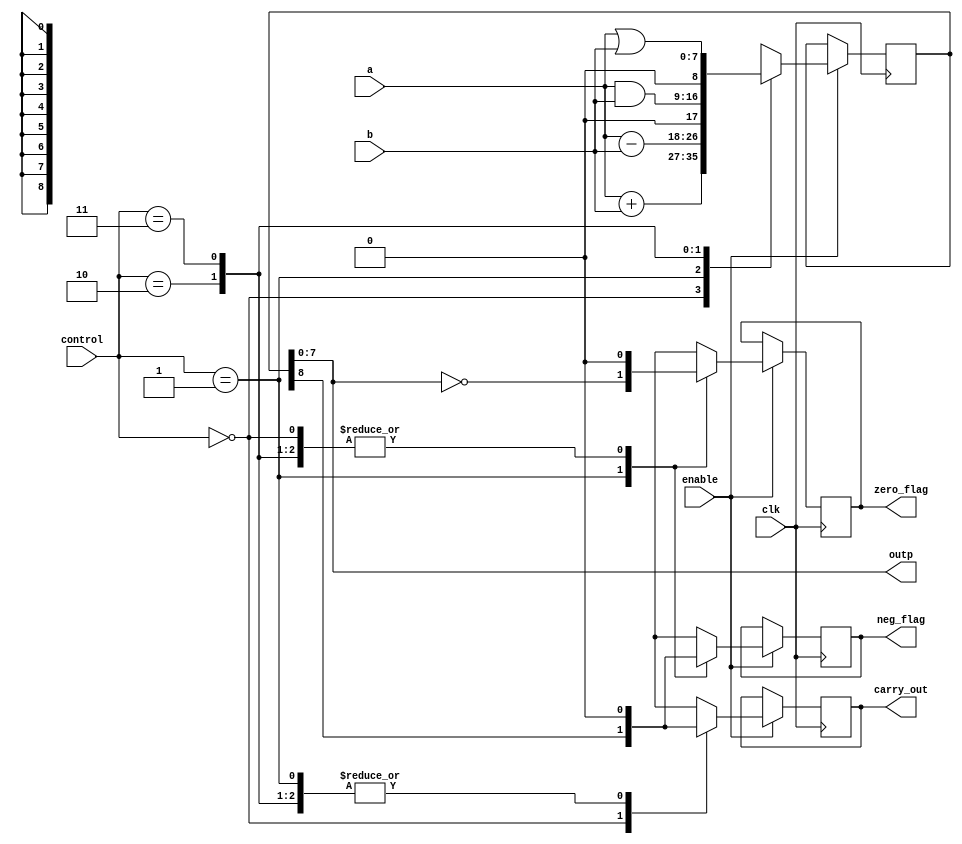
/*
Control 00 = add
Control 01 = subtract (using 2's complement)
Control 10 = AND
Control 11 = OR 
*/
`timescale 1ns/1ns
module alu (clk, a, b,control,outp,enable,carry_out,zero_flag,neg_flag);
input clk;
input [7:0] a; //8 bit input
input [7:0] b;
input [1:0] control; //2 bit op-code
input enable; //enable bit 
output [7:0] outp;
output carry_out;
output zero_flag;
output neg_flag;

reg [8:0] outp_temp;
reg carry_out_temp;
reg zero_flag_temp;
reg neg_flag_temp;

always @ (posedge clk) begin
    if(enable) begin
        case (control) 
            2'b00: begin 
                outp_temp <= {1'b0,a} + {1'b0,b}; //add
                carry_out_temp <= outp_temp[8]; 
                zero_flag_temp <= 0;
                neg_flag_temp <= 0;
            end
            2'b01: begin 
                outp_temp <= {1'b0,a} - {1'b0,b}; // subtract
                zero_flag_temp <= (outp_temp[7:0] == 0);
                carry_out_temp <= 0;
                neg_flag_temp <= outp_temp[8]; 
            end
            2'b10: begin
                outp_temp <= a & b; //AND
                zero_flag_temp <= 0;
                carry_out_temp <= 0;
                neg_flag_temp <= 0;
            end
            2'b11: begin
                outp_temp <= a | b; //OR
                zero_flag_temp <= 0;
                carry_out_temp <= 0;
                neg_flag_temp <= 0;
            end
            default: begin
                zero_flag_temp <= 1'bx;
                carry_out_temp <= 1'bx;
                neg_flag_temp <= 1'bx;
                outp_temp <= 9'bx;
            end
        endcase
    end
end

assign outp = outp_temp[7:0];
assign carry_out = carry_out_temp;
assign zero_flag = zero_flag_temp;
assign neg_flag = neg_flag_temp;

endmodule


/*
module alu_test();
reg clk;
reg [7:0] a;
reg [7:0] b;
wire [1:0] control;
wire enable;
assign enable = 1'b1;
wire [7:0] outp;

wire carry_out, neg_flag, zero_flag;

alu uut (.clk(clk),.a(a),.b(b),.control(2'b01),.outp(outp),.enable(enable),.carry_out(carry_out),.zero_flag(zero_flag),.neg_flag(neg_flag));




initial begin
$dumpfile("output.vcd");
$dumpvars(0,alu_test);
clk <= 0;
a <= 0;
b <= 0;
#1000;
$finish;
end

always #5 clk = ~clk;
always #5 a = a + 1;
always #2 b = b + 1;
endmodule


*/